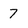
Character: 7